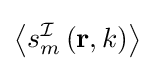
\left\langle s_{m}^{\mathcal {I}}\left(\mathbf {r} ,k\right)\right\rangle